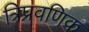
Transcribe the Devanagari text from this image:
त्रिप्रवणिक